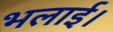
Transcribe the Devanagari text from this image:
भलाई।